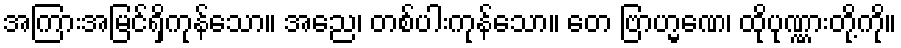
အကြားအမြင်ရှိကုန်သော။ အညေ၊ တစ်ပါးကုန်သော။ တေ ဗြာဟ္မဏေ၊ ထိုပုဏ္ဏားတို့ကို။